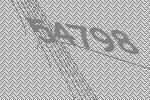
54798